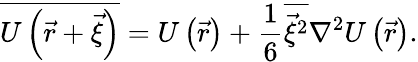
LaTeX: {\overline{{U\left({\vec{r}}+{\vec{\xi}}\right)}}}=U\left({\vec{r}}\right)+{\frac{1}{6}}{\overline{{{\vec{\xi}}^{2}}}}\nabla^{2}U\left({\vec{r}}\right).